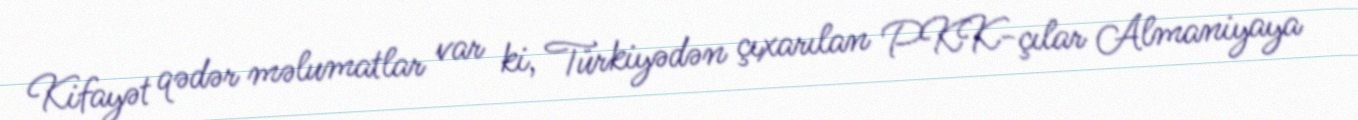
Kifayət qədər məlumatlar var ki, Türkiyədən çıxarılan PKK-çılar Almaniyaya